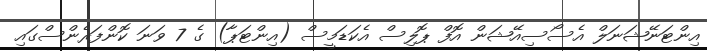
އިންޓަނޭޝަނަލް އެސޯސިއޭޝަން އޮފް ޕޮލިސް އެކަޑަމީސް (އިންޓަޕާ) ގެ 7 ވަނަ ކޮންފަރެންސްގައި